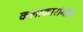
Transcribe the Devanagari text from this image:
कलाकारांनीच